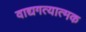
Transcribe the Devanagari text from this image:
वाद्यगत्यात्मक